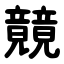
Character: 竸